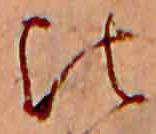
比